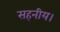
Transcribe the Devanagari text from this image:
सहनीय।